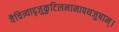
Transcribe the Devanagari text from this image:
वैचित्र्यादृजुकुटिलनानापथजुषाम्।